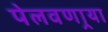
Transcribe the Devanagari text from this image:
पेलवणार्‍या